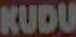
KUDU